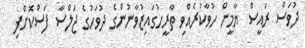
ދުވަސް ރައީސް ޔާމީން ހުވާކުރެއްވި ތާރީހުގައިޒުވާނުންގެ ދުވަހުގެ ޖަލްސާ ފަސްކޮށްފި